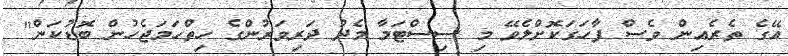
އޭގެ ތެރެއިން ވެސް ފާހަގަކޮށްލެވޭ މި ސިސްޓަމާ މެދު ދަރިވަރުންގެ ހިތްހަމަޖެހުން ބޮޑުކަން"